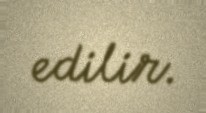
edilir.